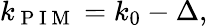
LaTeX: k_{\mathrm{~P~I~M~}}=k_{0}-\Delta,